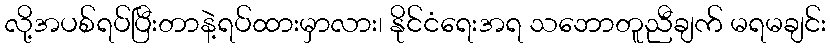
လို့အပစ်ရပ်ပြီးတာနဲ့ရပ်ထားမှာလား၊ နိုင်ငံရေးအရ သဘောတူညီချက် မရမချင်း